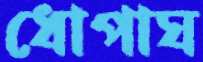
ধোপাঘ